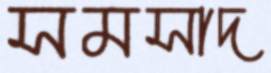
সমসাদ